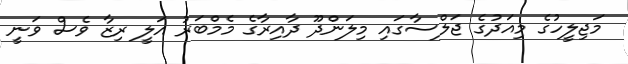
މަޖިލީހުގެ މިއަދުގެ ޖަލްސާގައި މިލަންދޫ ދާއިރާގެ މެމްބަރު އަލީ ރިޒާ ވެސް ވަނީ